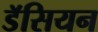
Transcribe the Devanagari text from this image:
डॅसियन